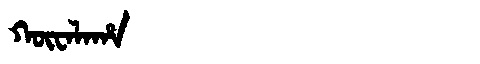
Manchu: ᡴᡡᠸᠠᠯᠠᡥᠠ
Romanization: KŪWALAHA